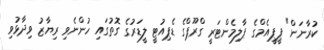
ކުރާނަން" ޕީޕީއެމްގެ ޕާލިމެންޓަރީ ގްރޫޕްގެ ޑެޕިއުޓީ ލީޑަރުގެ ގޮތުގައި ހުންނެވި ރިޔާޒު ވިދާޅުވި